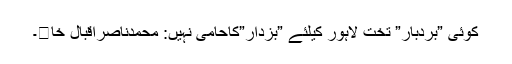
کوئی ”بردبار” تخت لاہور کیلئے ”بزدار”کاحامی نہیں: محمدناصراقبال خا�۔